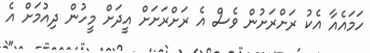
ހަމައެއާ އެކު ރަށްރަށުން ވެސް އެ ރަށްރަށަށް އީދަށް މީހުން ދިއުމަށް އެ